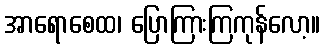
အာရောစေထ၊ ပြောကြားကြကုန်လော့။